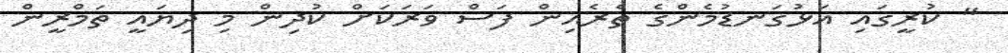
" ކުރީގައި އަޅުގަނޑުމެންގެ ތެރެއިން ފަސް ވަރަކަށް ކުދިން މި ދިޔައީ ތަމްރީން